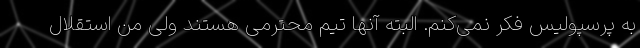
به پرسپولیس فکر نمی‌کنم. البته آنها تیم محترمی هستند ولی من استقلال